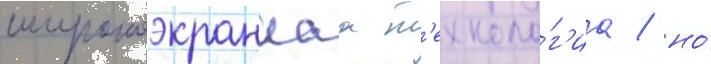
широкоэкраннаа т'ехноло́г'иа / но́